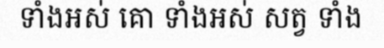
ទាំងអស់ គោ ទាំងអស់ សត្វ ទាំង